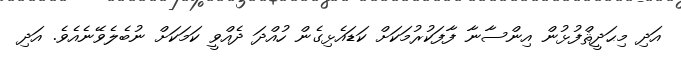
އަދި މިޙަދީޘްފުޅުން އިންސާނާ ފާފަކުރުމަކަށް ކަޑައެޅިގެން ހުއްދަ ދެއްވީ ކަމަކަށް ނުބެލެވޭނެއެވެ. އަދި